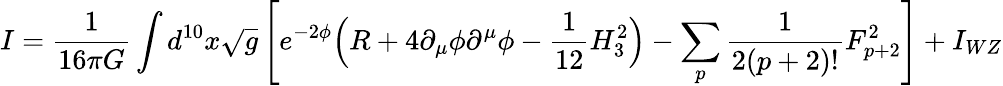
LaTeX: I=\frac{1}{16\pi G}\int d^{10}x\sqrt{g}\left[e^{-2\phi}\Big(R+4\partial_{\mu}\phi\partial^{\mu}\phi-\frac{1}{12}H_{3}^{2}\Big)-\sum_{p}\frac{1}{2(p+2)!}F_{p+2}^{2}\right]+I_{WZ}